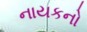
નાયકનો